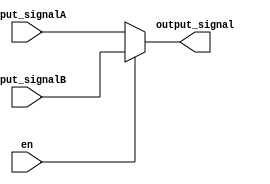
//----------------------------------------------------------------------------------------------------------
// 	
//	ABSTRACT:	
//	Warning:	
//	DESCRIBE:	This is testbench file that will generater tri_wave in 8-bits formula
// 	KEYWORDS:	fpga, basic module, DSP....
// 	MODIFICATION HISTORY:
//	$Log$
//			Biggest_apple 		2023.7.12		create
//-----------------------------------------------------------------------------------------------------------
module signal_mux(
	input		en,
	input		[9:0]	input_signalA,
	input		[9:0]	input_signalB,

	output		[9:0]	output_signal
);


assign output_signal =(en ==1'b0) ?input_signalA:input_signalB;
endmodule